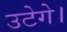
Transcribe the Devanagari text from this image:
उटेगे।